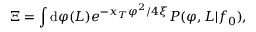
\Xi = \int \mathrm { d } \varphi ( L ) e ^ { - x _ { T } \varphi ^ { 2 } / 4 \xi } P ( \varphi , L | f _ { 0 } ) ,